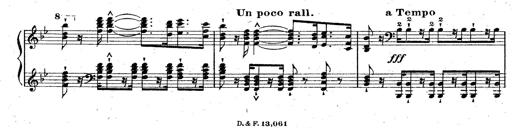
Title: La Marseillaise
Composer: Franz Liszt
Key: B-flat major